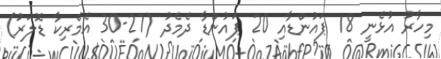
މިހާރު އުޅެނީ 18 ޕައުންޑާއި 20 ޕައުންޑާ ދެމެދު (27-30 އެމެރިކާ ޑޮލަރު)